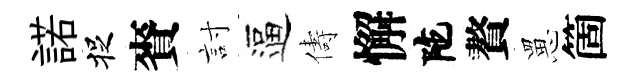
諾捉賚討逼儔懈陀贅罳箇